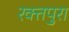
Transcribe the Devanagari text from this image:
रक्तपुरा